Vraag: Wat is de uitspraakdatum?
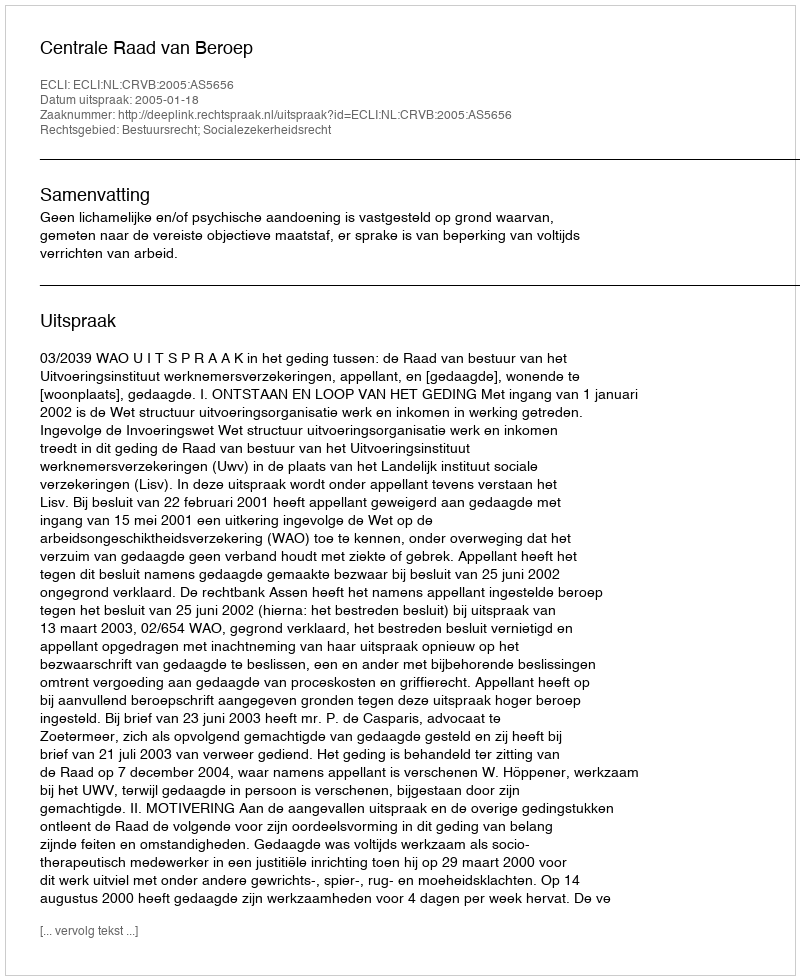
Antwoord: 2005-01-18